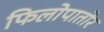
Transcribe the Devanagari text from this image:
फिलोपातोर